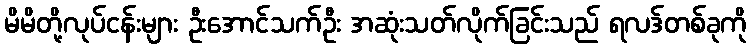
မိမိတို့လုပ်ငန်းများ ဦးအောင်သက်ဦး အဆုံးသတ်လိုက်ခြင်းသည် ရလဒ်တစ်ခုကို